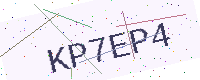
Text: KP7EP4